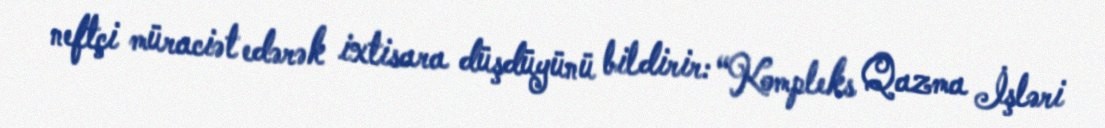
neftçi müraciət edərək ixtisara düşdüyünü bildirir: “Kompleks Qazma İşləri